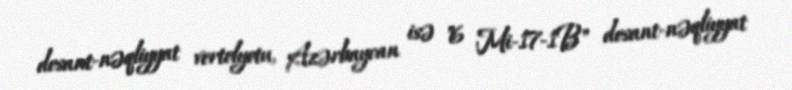
desant-nəqliyyat vertolyotu, Azərbaycan isə "6 Mi-17-1B" desant-nəqliyyat